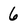
Character: 6